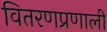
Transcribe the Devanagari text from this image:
वितरणप्रणाली